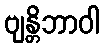
ဗျန္တိဘာဝါ